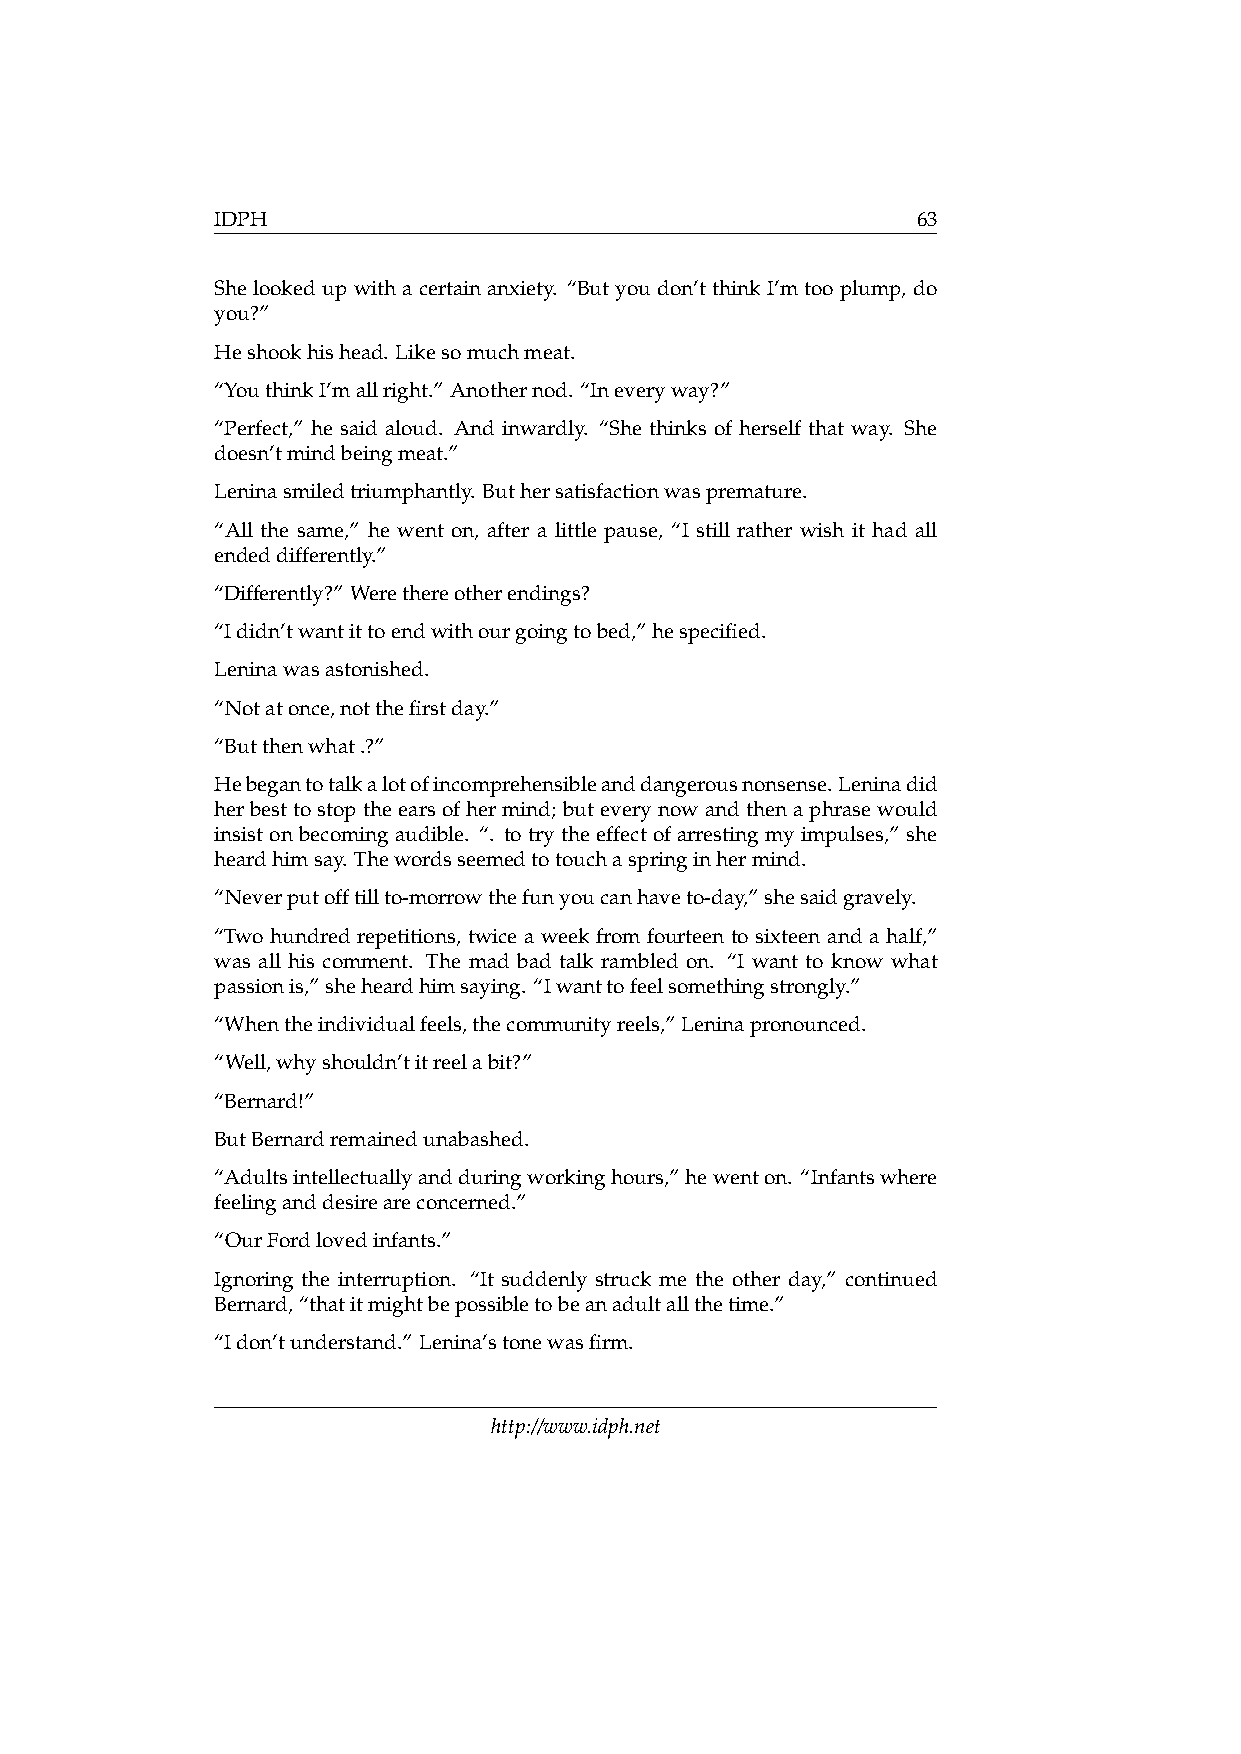
IDPH                                           63
 Shelookedupwithacertainanxiety. “Butyoudon’tthinkI’mtooplump, do
 you?”
 Heshookhishead. Likesomuchmeat.
 “YouthinkI’mallright.” Anothernod. “Ineveryway?”
 “Perfect,” he said aloud. And inwardly. “She thinks of herself that way. She
 doesn’tmindbeingmeat.”
 Leninasmiledtriumphantly. Buthersatisfactionwaspremature.
 “All the same,” he went on, after a little pause, “I still rather wish it had all
 endeddifferently.”
 “Differently?” Werethereotherendings?
 “Ididn’twantittoendwithourgoingtobed,”hespecified.
 Leninawasastonished.
 “Notatonce,notthefirstday.”
 “Butthenwhat.?”
 Hebegantotalkalotofincomprehensibleanddangerousnonsense.Leninadid
 herbesttostoptheearsofhermind; buteverynowandthenaphrasewould
 insist on becoming audible. “. to try the effect of arresting my impulses,” she
 heardhimsay. Thewordsseemedtotouchaspringinhermind.
 “Neverputofftillto-morrowthefunyoucanhaveto-day,”shesaidgravely.
 “Two hundred repetitions, twice a week from fourteen to sixteen and a half,”
 was all his comment. The mad bad talk rambled on. “I want to know what
 passionis,”sheheardhimsaying. “Iwanttofeelsomethingstrongly.”
 “Whentheindividualfeels,thecommunityreels,”Leninapronounced.
 “Well,whyshouldn’titreelabit?”
 “Bernard!”
 ButBernardremainedunabashed.
 “Adultsintellectuallyandduringworkinghours,”hewenton. “Infantswhere
 feelinganddesireareconcerned.”
 “OurFordlovedinfants.”
 Ignoring the interruption. “It suddenly struck me the other day,” continued
 Bernard,“thatitmightbepossibletobeanadultallthetime.”
 “Idon’tunderstand.” Lenina’stonewasfirm.
 http://www.idph.net